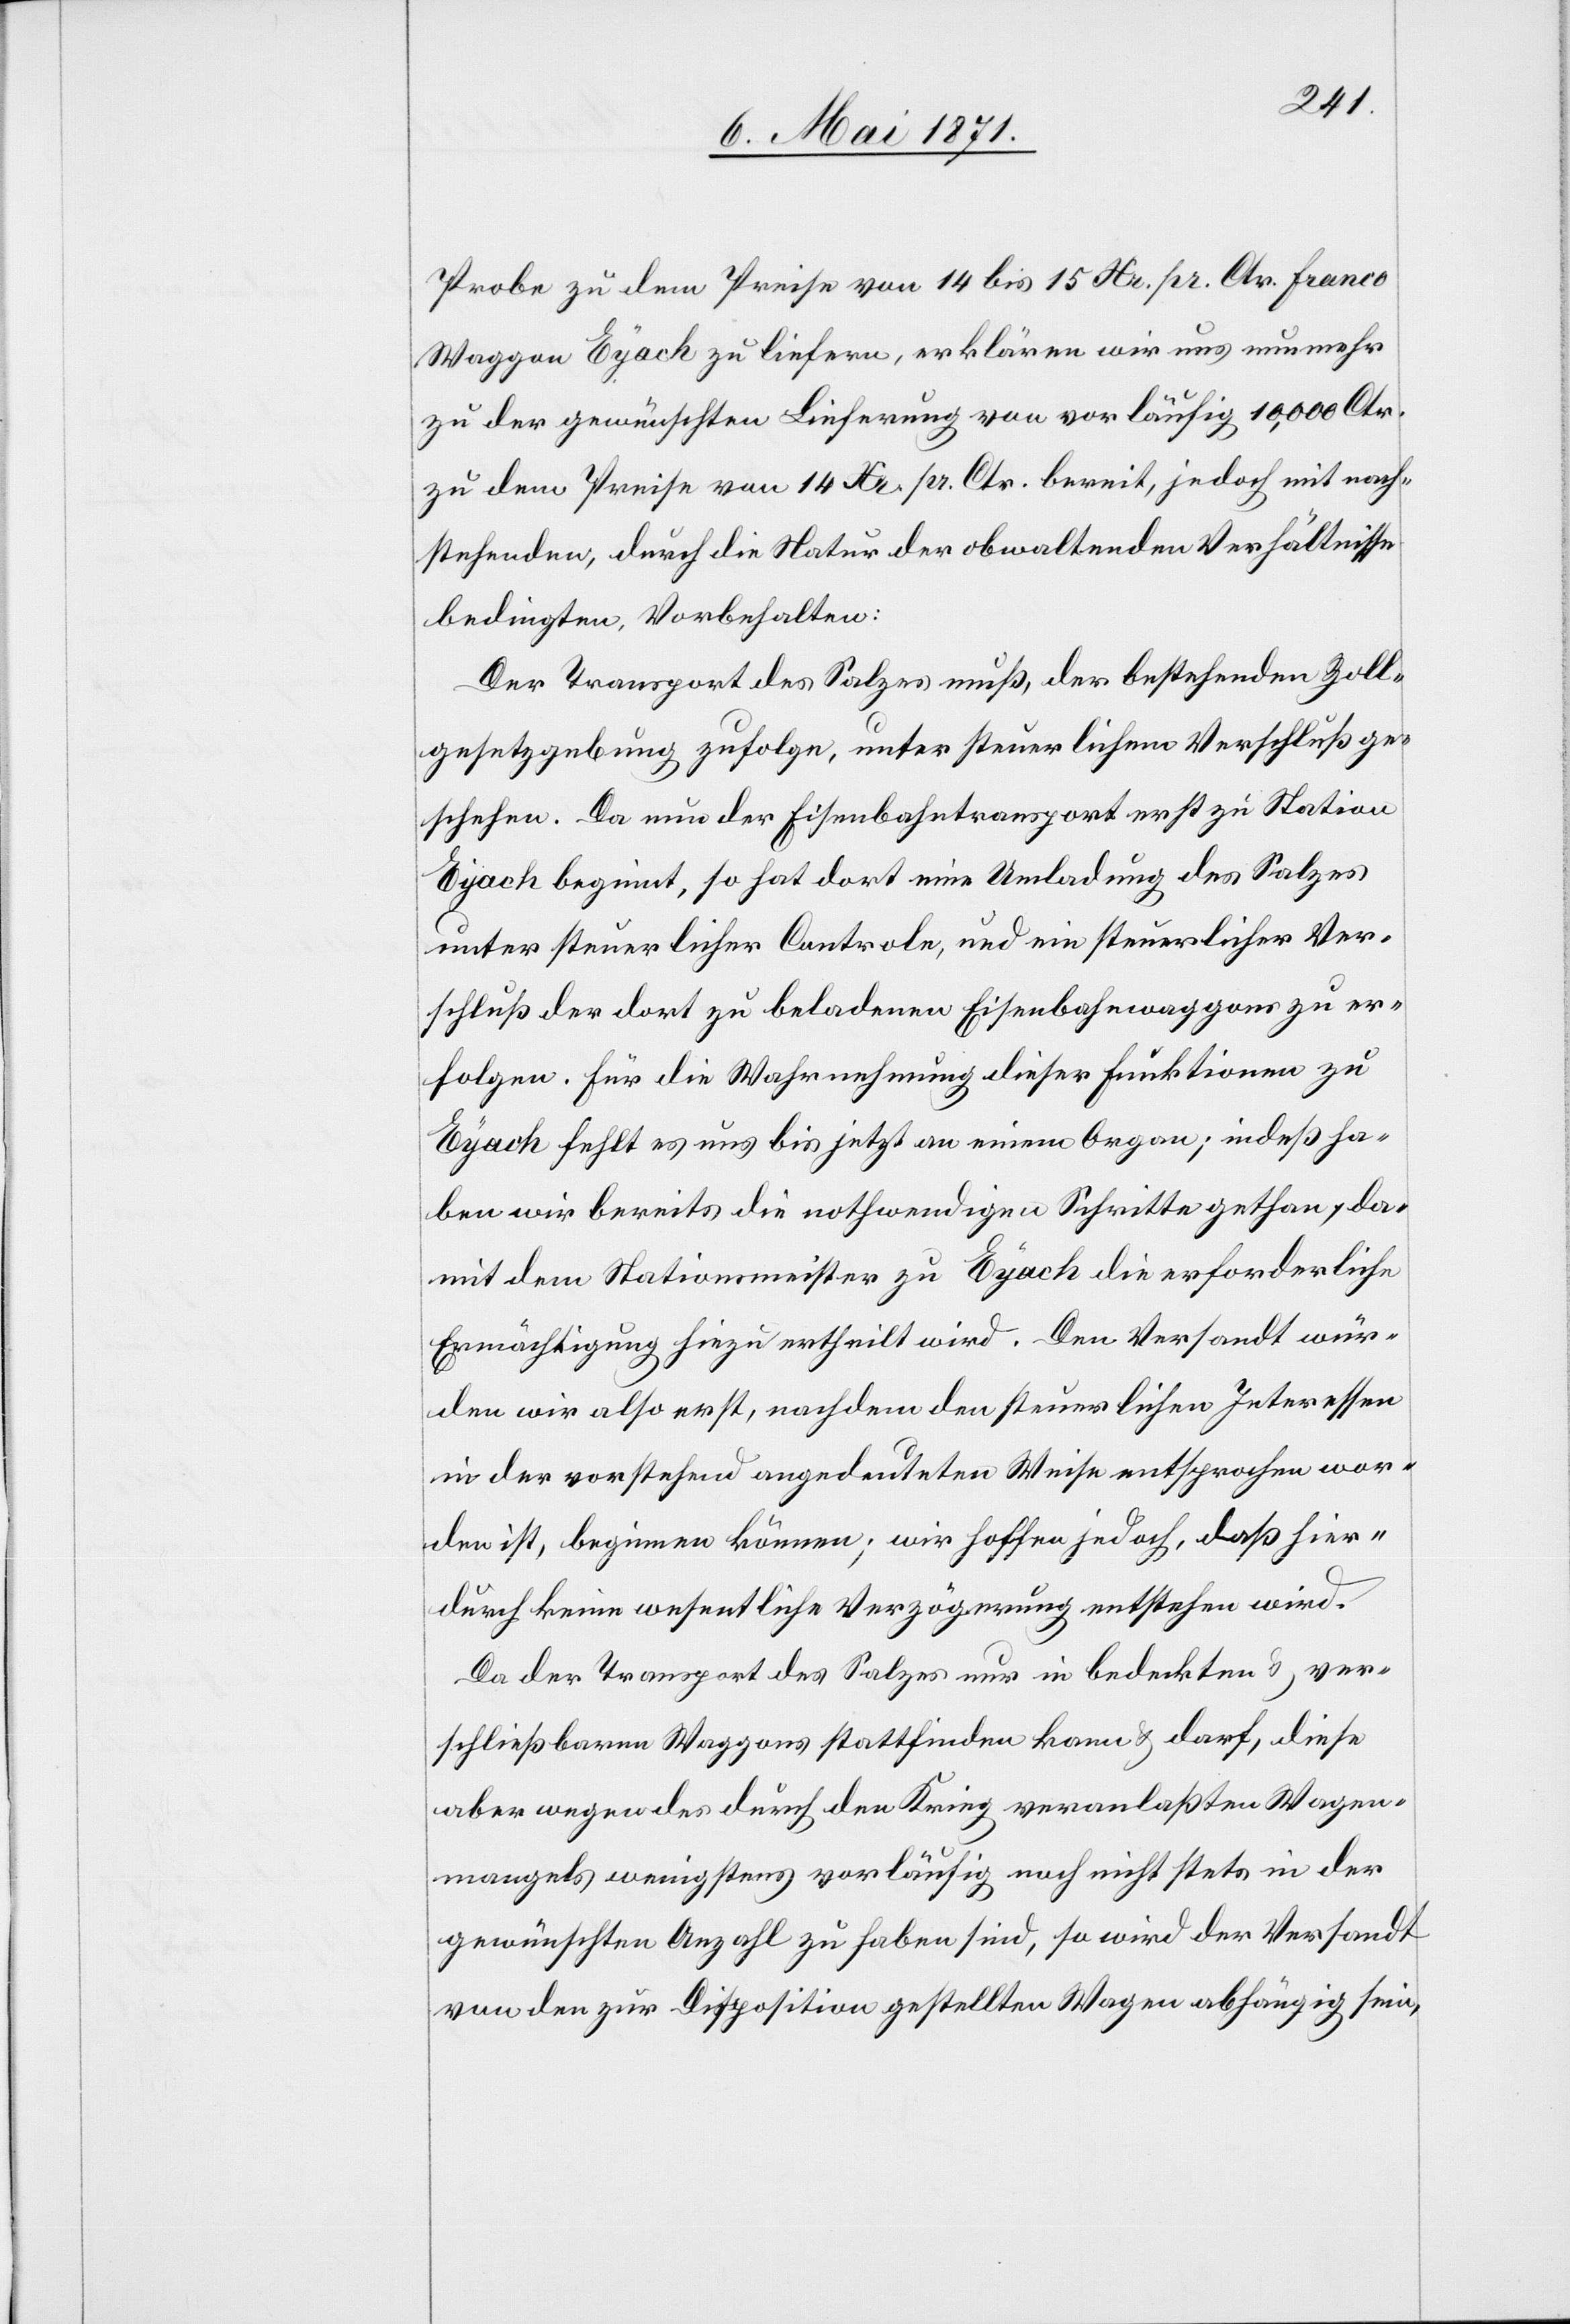
Probe zu dem Preise von 14 bis 15 Xr. pr. Ctr. franco
Waggon Eyach zu liefern, erklären wir uns nunmehr
zu der gewünschten Lieferung von vorläufig 10,000 Ctr.
zu dem Preise von 14 Xr./a. Ctr. bereit, jedoch mit nach¬
stehenden, durch die Natur der obwaltenden Verhältnisse
bedingten, Vorbehalten:
Der Transport des Salzes muß, der bestehenden Zoll¬
gesetzgebung zufolge, unter steuerlichem Verschluß ge¬
schehen. Da nun der Eisenbahntransport erst zu Station
Eyach beginnt, so hat dort eine Umladung des Salzes
unter steuerlicher Controle, und ein steuerlicher Ver¬
schluß der dort zu beladenen Eisenbahnwaggons zu er¬
folgen. Für die Wahrnehmung dieser Funktionen zu
Eyach fehlt es uns bis jetzt an einem Organ; indeß ha¬
ben wir bereits die nothwendigen Schritte gethan, da¬
mit dem Stationsmeister zu Eyach die erforderliche
Ermächtigung hiezu ertheilt wird. Den Versandt wür¬
den wir also erst, nachdem den steuerlichen Interessen
in der vorstehend angedeuteten Weise entsprochen wor¬
den ist, beginnen können; wir hoffen jedoch, daß hier¬
durch keine wesentliche Verzögerung entstehen wird.
Da der Transport des Salzes nur in bedeckten u. ver¬
schließbaren Waggons stattfinden kann u. darf, diese
aber wegen durch den Krieg veranlaßten Wagen¬
mangels wenigstens vorläufig noch nicht stets in der
gewünschten Anzahl zu haben sind, so wird der Versandt
von den zur Disposition gestellten Wagen abhängig sein.